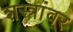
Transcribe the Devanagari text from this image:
शस्त्रांवर